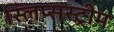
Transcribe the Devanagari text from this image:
स्लिप्सस्ट्रीम